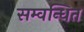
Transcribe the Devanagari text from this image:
सम्वन्धित